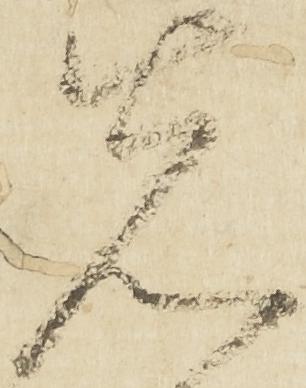
先